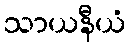
သာယနီယံ